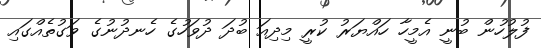
ފުލުހުން ބުނީ އެމީހާ ހައްޔަރު ކުރީ މިދިއަ ބުދަ ދުވަހުގެ ހެނދުނުގެ ވަގުތެއްގައި